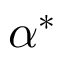
\alpha ^ { * }